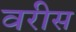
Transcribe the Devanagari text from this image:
वरीस